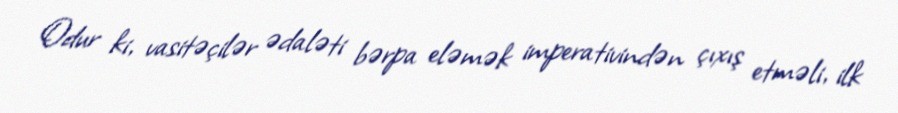
Odur ki, vasitəçilər ədaləti bərpa eləmək imperativindən çıxış etməli, ilk